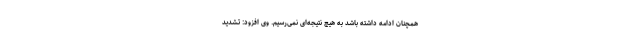
همچنان ادامه داشته باشد به هیچ نتیجه‌ای نمی‌رسیم. وی افزود: تشدید